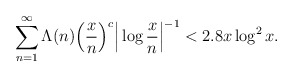
\begin{align*}\sum_{n=1}^{\infty} \Lambda(n) \Big( \frac{x}{n} \Big)^c \Big| \log \frac{x}{n} \Big|^{-1} < 2.8 x \log^2 x.\end{align*}